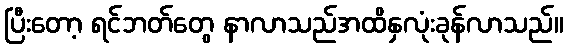
ပြီးတော့ ရင်ဘတ်တွေ နာလာသည်အထိနှလုံးခုန်လာသည်။